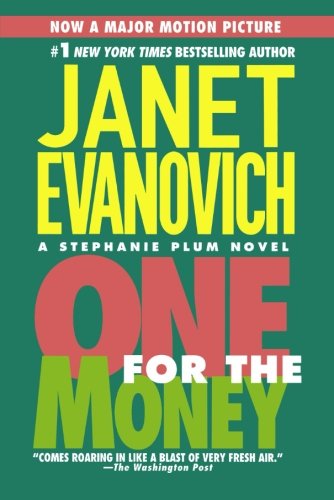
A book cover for One for the Money (Stephanie Plum, No. 1) (Stephanie Plum Novels); Janet Evanovich; Mystery, Thriller & Suspense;